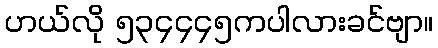
ဟယ်လို ၅၃၄၄၄၅ကပါလားခင်ဗျာ။